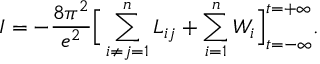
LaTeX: I = - \frac { 8 \pi ^ { 2 } } { e ^ { 2 } } \Big [ \sum _ { i \neq j = 1 } ^ { n } { \cal L } _ { i j } + \sum _ { i = 1 } ^ { n } { \cal W } _ { i } \Big ] _ { t = - \infty } ^ { t = + \infty } .